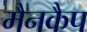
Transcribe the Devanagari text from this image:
मैनकैप